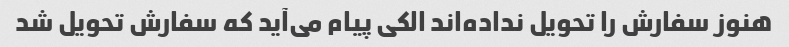
هنوز سفارش را تحویل نداده‌اند الکی پیام می‌آید که سفارش تحویل شد